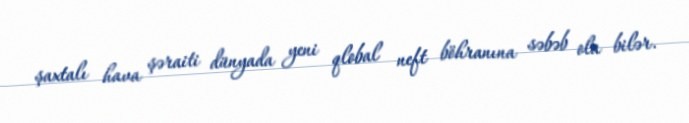
şaxtalı hava şəraiti dünyada yeni qlobal neft böhranına səbəb ola bilər.